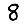
Digit: 8